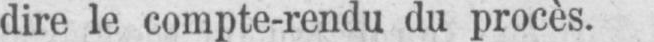
dire le compte-rendu du procès.